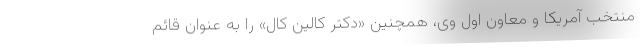
منتخب آمریکا و معاون اول وی، همچنین «دکتر کالین کال» را به عنوان قائم